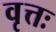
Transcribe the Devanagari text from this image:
वृत्तः